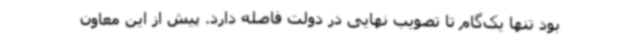
بود تنها یک‌گام تا تصویب نهایی در دولت فاصله دارد. پیش از این معاون